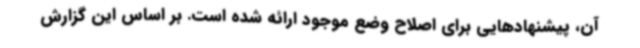
آن، پیشنهادهایی برای اصلاح وضع موجود ارائه شده ‌است. بر اساس این گزارش